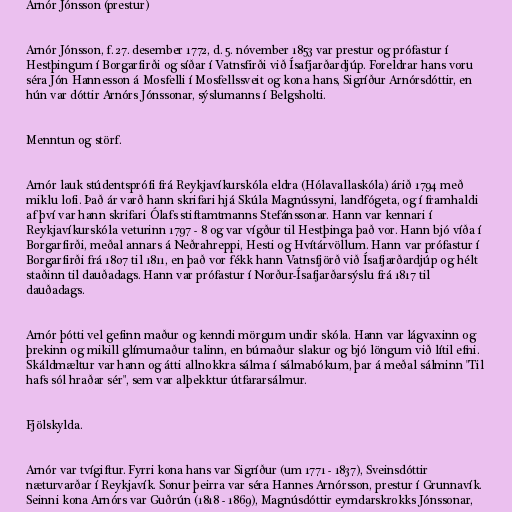
Arnór Jónsson (prestur)

Arnór Jónsson, f. 27. desember 1772, d. 5. nóvember 1853 var prestur og prófastur í
Hestþingum í Borgarfirði og síðar í Vatnsfirði við Ísafjarðardjúp. Foreldrar hans voru
séra Jón Hannesson á Mosfelli í Mosfellssveit og kona hans, Sigríður Arnórsdóttir, en
hún var dóttir Arnórs Jónssonar, sýslumanns í Belgsholti.

Menntun og störf.

Arnór lauk stúdentsprófi frá Reykjavíkurskóla eldra (Hólavallaskóla) árið 1794 með
miklu lofi. Það ár varð hann skrifari hjá Skúla Magnússyni, landfógeta, og í framhaldi
af því var hann skrifari Ólafs stiftamtmanns Stefánssonar. Hann var kennari í
Reykjavíkurskóla veturinn 1797 - 8 og var vígður til Hestþinga það vor. Hann bjó víða í
Borgarfirði, meðal annars á Neðrahreppi, Hesti og Hvítárvöllum. Hann var prófastur í
Borgarfirði frá 1807 til 1811, en það vor fékk hann Vatnsfjörð við Ísafjarðardjúp og hélt
staðinn til dauðadags. Hann var prófastur í Norður-Ísafjarðarsýslu frá 1817 til
dauðadags.

Arnór þótti vel gefinn maður og kenndi mörgum undir skóla. Hann var lágvaxinn og
þrekinn og mikill glímumaður talinn, en búmaður slakur og bjó löngum við lítil efni.
Skáldmæltur var hann og átti allnokkra sálma í sálmabókum, þar á meðal sálminn "Til
hafs sól hraðar sér", sem var alþekktur útfararsálmur.

Fjölskylda.

Arnór var tvígiftur. Fyrri kona hans var Sigríður (um 1771 - 1837), Sveinsdóttir
næturvarðar í Reykjavík. Sonur þeirra var séra Hannes Arnórsson, prestur í Grunnavík.
Seinni kona Arnórs var Guðrún (1818 - 1869), Magnúsdóttir eymdarskrokks Jónssonar,